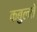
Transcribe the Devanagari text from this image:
कबुलते